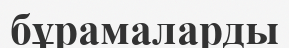
бұрамаларды